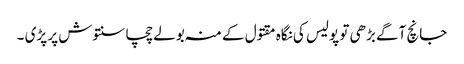
جانچ آگے بڑھی تو پولیس کی نگاہ مقتول کے منہ بولے چچا سنتوش پر پڑی ۔